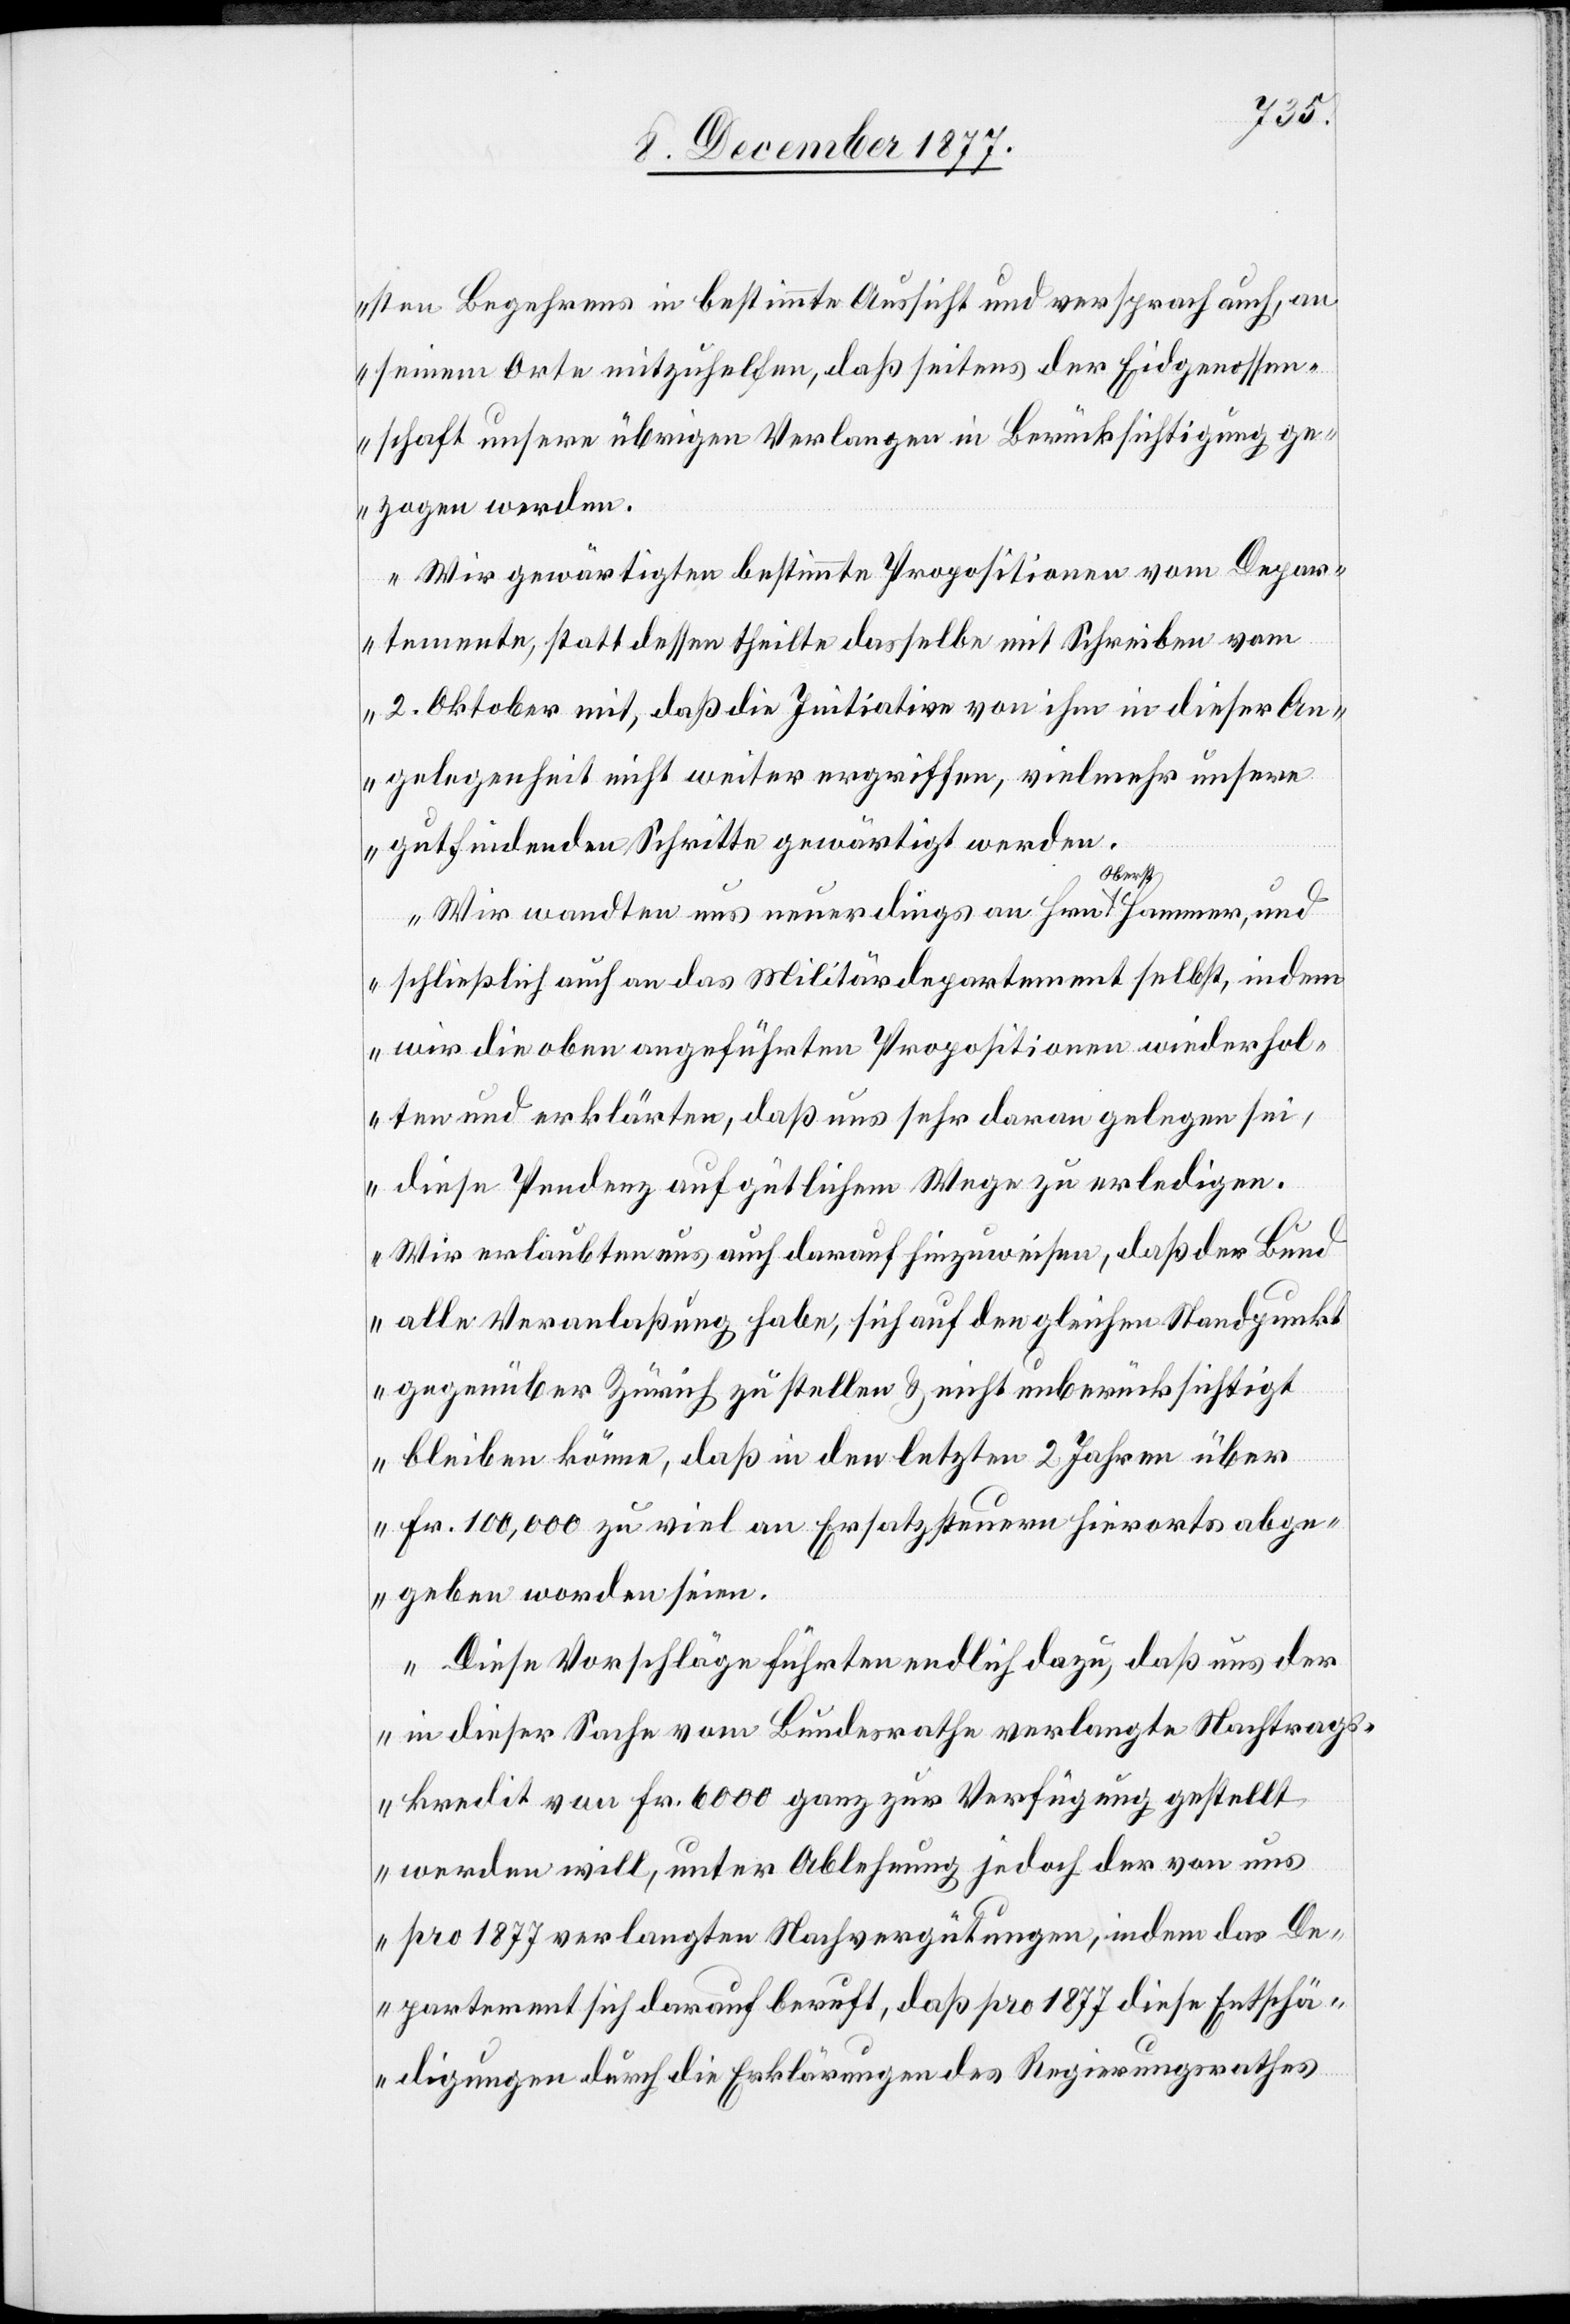
sten Begehrens in bestimmte Aussicht und versprach auch, an
seinem Orte mitzuhelfen, daß seitens der Eidgenossen¬
schaft unsere übrigen Verlangen in Berücksichtigung ge¬
zogen werden.
Wir gewärtigten bestimmte Propositionen vom Depar¬
temente, statt dessen theilte dasselbe mit Schreiben vom
2. Oktober mit, daß die Initiative von ihm in dieser An¬
gelegenheit nicht weiter ergriffen, vielmehr unsere
gutfindenden Schritte gewärtigt werden.
Wir wandten uns neuerdings an Hrn. Oberst Hammer, und
schließlich auch an das Militärdepartement selbst, indem
wir die oben angeführten Propositionen wiederhol¬
ten und erklärten, daß uns sehr daran gelegen sei,
diese Pendenz auf gütlichem Wege zu erledigen.
Wir erlaubten uns auch darauf hinzuweisen, daß der Bund
alle Veranlaßung habe, sich auf den gleichen Standpunkt
gegenüber Zürich zu stellen & nicht unberücksichtigt
bleiben könne, daß in den letzten 2 Jahren über
Fr. 100,000 zu viel an Ersatzsteuern hierorts abge¬
geben worden seien.
Diese Vorschläge führten endlich dazu, daß uns der
in dieser Sache vom Bundesrathe verlangte Nachtrags¬
kredit von Fr. 6000 ganz zur Verfügung gestellt
werden will, unter Ablehnung jedoch der von uns
pro 1877 verlangten Nachvergütungen, indem das De¬
partement sich darauf beruft, daß pro 1877 diese Entschä¬
digungen durch die Erklärungen des Regierungsrathes